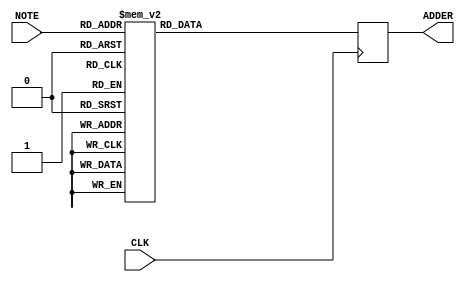
module note2dds_1st_gen(CLK, NOTE, ADDER);

input wire CLK;
input wire [6:0] NOTE;
output reg [31:0] ADDER;

initial begin
	ADDER <= 32'd0;
end

always @ (posedge CLK) begin
	case(NOTE)
		7'd000: ADDER <= 32'd0702;
		7'd001: ADDER <= 32'd0702;
		7'd002: ADDER <= 32'd0702;
		7'd003: ADDER <= 32'd0702;
		7'd004: ADDER <= 32'd0702;
		7'd005: ADDER <= 32'd0702;
		7'd006: ADDER <= 32'd0702;
		7'd007: ADDER <= 32'd0702;
		7'd008: ADDER <= 32'd0702;
		7'd009: ADDER <= 32'd0702;
		7'd010: ADDER <= 32'd0702;
		7'd011: ADDER <= 32'd0702;
		7'd012: ADDER <= 32'd0702;
		7'd013: ADDER <= 32'd0744;
		7'd014: ADDER <= 32'd0788;
		7'd015: ADDER <= 32'd0835;
		7'd016: ADDER <= 32'd0885;
		7'd017: ADDER <= 32'd0937;
		7'd018: ADDER <= 32'd0993;
		7'd019: ADDER <= 32'd01052;
		7'd020: ADDER <= 32'd01115;
		7'd021: ADDER <= 32'd01181;
		7'd022: ADDER <= 32'd01251;
		7'd023: ADDER <= 32'd01326;
		7'd024: ADDER <= 32'd01405;
		7'd025: ADDER <= 32'd01488;
		7'd026: ADDER <= 32'd01577;
		7'd027: ADDER <= 32'd01670;
		7'd028: ADDER <= 32'd01770;
		7'd029: ADDER <= 32'd01875;
		7'd030: ADDER <= 32'd01986;
		7'd031: ADDER <= 32'd02105;
		7'd032: ADDER <= 32'd02230;
		7'd033: ADDER <= 32'd02362;
		7'd034: ADDER <= 32'd02503;
		7'd035: ADDER <= 32'd02652;
		7'd036: ADDER <= 32'd02809;
		7'd037: ADDER <= 32'd02976;
		7'd038: ADDER <= 32'd03153;
		7'd039: ADDER <= 32'd03341;
		7'd040: ADDER <= 32'd03539;
		7'd041: ADDER <= 32'd03750;
		7'd042: ADDER <= 32'd03973;
		7'd043: ADDER <= 32'd04209;
		7'd044: ADDER <= 32'd04459;
		7'd045: ADDER <= 32'd04724;
		7'd046: ADDER <= 32'd05005;
		7'd047: ADDER <= 32'd05303;
		7'd048: ADDER <= 32'd05618;
		7'd049: ADDER <= 32'd05952;
		7'd050: ADDER <= 32'd06306;
		7'd051: ADDER <= 32'd06681;
		7'd052: ADDER <= 32'd07079;
		7'd053: ADDER <= 32'd07500;
		7'd054: ADDER <= 32'd07946;
		7'd055: ADDER <= 32'd08418;
		7'd056: ADDER <= 32'd08919;
		7'd057: ADDER <= 32'd09449;
		7'd058: ADDER <= 32'd010011;
		7'd059: ADDER <= 32'd010606;
		7'd060: ADDER <= 32'd011237;
		7'd061: ADDER <= 32'd011905;
		7'd062: ADDER <= 32'd012613;
		7'd063: ADDER <= 32'd013363;
		7'd064: ADDER <= 32'd014157;
		7'd065: ADDER <= 32'd014999;
		7'd066: ADDER <= 32'd015891;
		7'd067: ADDER <= 32'd016836;
		7'd068: ADDER <= 32'd017837;
		7'd069: ADDER <= 32'd018898;
		7'd070: ADDER <= 32'd020022;
		7'd071: ADDER <= 32'd021212;
		7'd072: ADDER <= 32'd022473;
		7'd073: ADDER <= 32'd023810;
		7'd074: ADDER <= 32'd025226;
		7'd075: ADDER <= 32'd026726;
		7'd076: ADDER <= 32'd028315;
		7'd077: ADDER <= 32'd029998;
		7'd078: ADDER <= 32'd031782;
		7'd079: ADDER <= 32'd033672;
		7'd080: ADDER <= 32'd035674;
		7'd081: ADDER <= 32'd037796;
		7'd082: ADDER <= 32'd040043;
		7'd083: ADDER <= 32'd042424;
		7'd084: ADDER <= 32'd044947;
		7'd085: ADDER <= 32'd047620;
		7'd086: ADDER <= 32'd050451;
		7'd087: ADDER <= 32'd053451;
		7'd088: ADDER <= 32'd056630;
		7'd089: ADDER <= 32'd059997;
		7'd090: ADDER <= 32'd063565;
		7'd091: ADDER <= 32'd067344;
		7'd092: ADDER <= 32'd071349;
		7'd093: ADDER <= 32'd075591;
		7'd094: ADDER <= 32'd080086;
		7'd095: ADDER <= 32'd084849;
		7'd096: ADDER <= 32'd089894;
		7'd097: ADDER <= 32'd095239;
		7'd098: ADDER <= 32'd0100902;
		7'd099: ADDER <= 32'd0106902;
		7'd0100: ADDER <= 32'd0113259;
		7'd0101: ADDER <= 32'd0119994;
		7'd0102: ADDER <= 32'd0127129;
		7'd0103: ADDER <= 32'd0134689;
		7'd0104: ADDER <= 32'd0142698;
		7'd0105: ADDER <= 32'd0151183;
		7'd0106: ADDER <= 32'd0160173;
		7'd0107: ADDER <= 32'd0169697;
		7'd0108: ADDER <= 32'd0179788;
		7'd0109: ADDER <= 32'd0190478;
		7'd0110: ADDER <= 32'd0201805;
		7'd0111: ADDER <= 32'd0213805;
		7'd0112: ADDER <= 32'd0226518;
		7'd0113: ADDER <= 32'd0239988;
		7'd0114: ADDER <= 32'd0254258;
		7'd0115: ADDER <= 32'd0269377;
		7'd0116: ADDER <= 32'd0285395;
		7'd0117: ADDER <= 32'd0302366;
		7'd0118: ADDER <= 32'd0320345;
		7'd0119: ADDER <= 32'd0339394;
		7'd0120: ADDER <= 32'd0359575;
		7'd0121: ADDER <= 32'd0380957;
		7'd0122: ADDER <= 32'd0403610;
		7'd0123: ADDER <= 32'd0427610;
		7'd0124: ADDER <= 32'd0453037;
		7'd0125: ADDER <= 32'd0479976;
		7'd0126: ADDER <= 32'd0508516;
		7'd0127: ADDER <= 32'd0538754;
	endcase
end

endmodule